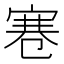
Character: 寋